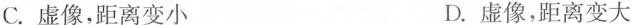
C. 虚像，距离变小 D. 虚像，距离变大